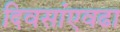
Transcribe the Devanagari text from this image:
दिवसांएवढा